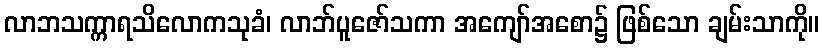
လာဘသက္ကာရသိလောကသုခံ၊ လာဘ်ပူဇော်သကာ အကျော်အစော၌ ဖြစ်သော ချမ်းသာကို။